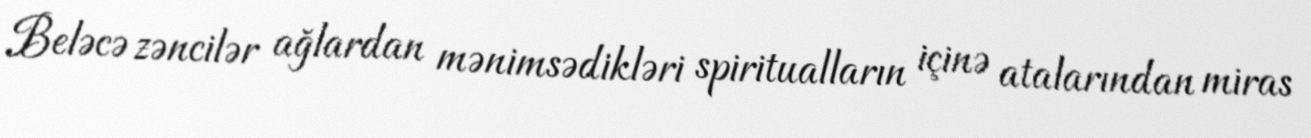
Beləcə zəncilər ağlardan mənimsədikləri spiritualların içinə atalarından miras